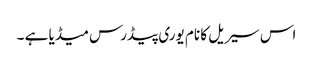
اس سیریل کا نام یوری پیڈرس میڈیا ہے ۔